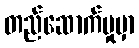
တည်ဆောက်မှုမှာ